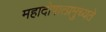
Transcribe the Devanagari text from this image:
महादोषात्प्रमुच्यते